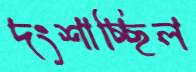
দংশাচ্ছিল